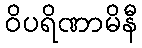
ဝိပရိဏာမိနီ